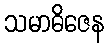
သမာဓိဇေန